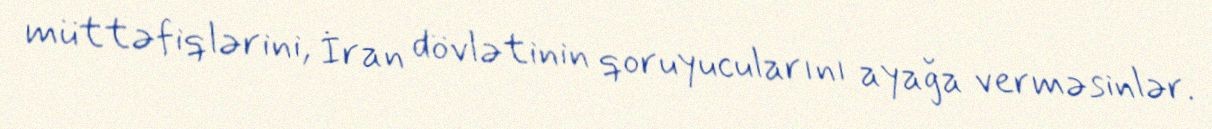
müttəfiqlərini, İran dövlətinin qoruyucularını ayağa verməsinlər.